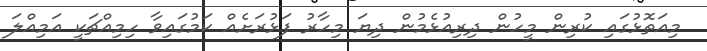
މިއަތޮޅުގައި ކުރިން މީހުން ދިރިއުޅެމުން ދިޔަ މިހާރު ފަޅުރަށެއް ކަމުގައިވާ ހިމިއްޗަކީ އަމިއްލަ